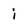
Character: i